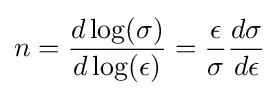
n={\frac {d\log(\sigma )}{d\log(\epsilon )}}={\frac {\epsilon }{\sigma }}{\frac {d\sigma }{d\epsilon }}\,\!